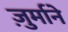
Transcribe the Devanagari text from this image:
ज़ुर्माने